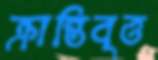
ক্রান্তিবৃত্ত